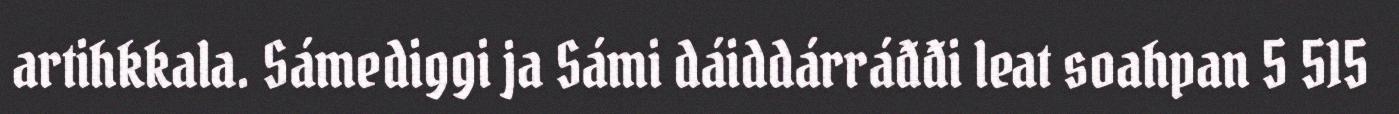
artihkkala. Sámediggi ja Sámi dáiddárráđđi leat soahpan 5 515